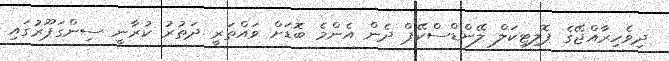
ދިވެހިރާއްޖޭގެ ޕޮލިޓިކަލް ލޭންޑްސްކޭޕް ދެން އެންމެ ބޮޑަށް ވައްތަރީ ދަތުރު ކުރާނީ ސިންގަޕޫރުގައި